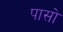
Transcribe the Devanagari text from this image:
पासो